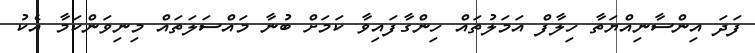
ފަދަ އިންސާނިއްޔަތާ ހިލާފް އަމަލުތައް ހިންގާފައިވާ ކަމަށް ބުނާ މައްސަލަތައް މިނިވަންކަމާ އެކު